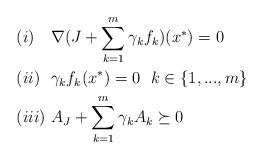
LaTeX: \begin{align*} &(i)\ \ \ \nabla(J+\sum\limits_{k=1}^m\gamma_k f_k)(x^*)=0\\ &(ii)\ \ \gamma_kf_k(x^*)=0\ \ k\in\{1,...,m\}\\ &(iii)\ A_J+\sum\limits_{k=1}^m\gamma_kA_k\succeq0 \end{align*}